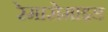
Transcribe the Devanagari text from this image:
रेमासेमाइड